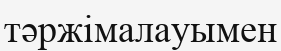
тәржімалауымен